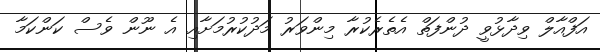
އަފްއާލް ވިދާޅުވީ ދުންފަތް އެތެރެކުރާ މިންވަރު މަދުކުރުމަށާއި އެ ނޫން ވެސް ކަންކަމާ